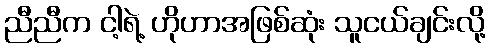
ညီညီက ငါ့ရဲ့ ဟိုဟာအဖြစ်ဆုံး သူငယ်ချင်းလို့